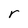
Character: r